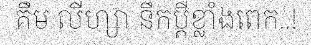
គឹម លីហ្សា នឹកប្តីខ្លាំងពេក..!